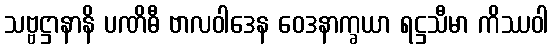
သဗ္ဗဋ္ဌာနာနိ ပဏိဓီ ဗာလဝါဒေန ဝေဒနာက္ခယာ ရဋ္ဌသီမာ ကိဿဝါ